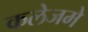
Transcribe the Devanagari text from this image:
कलेजमे